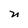
Character: n